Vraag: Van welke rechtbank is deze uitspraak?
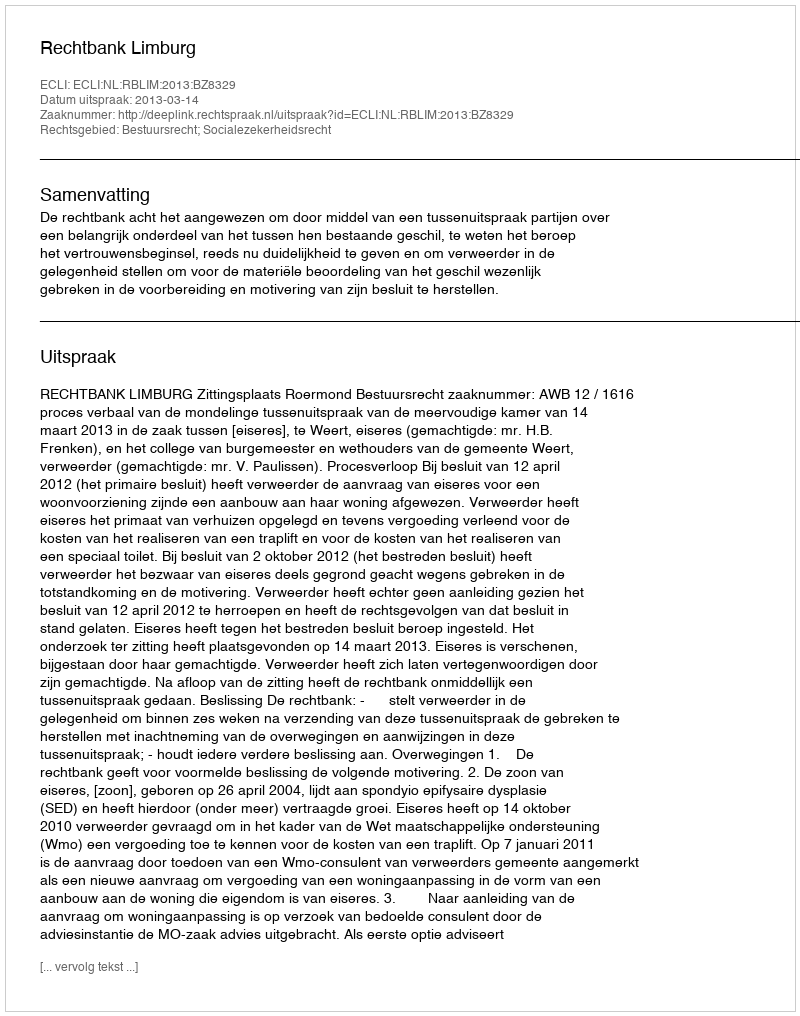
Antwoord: Rechtbank Limburg